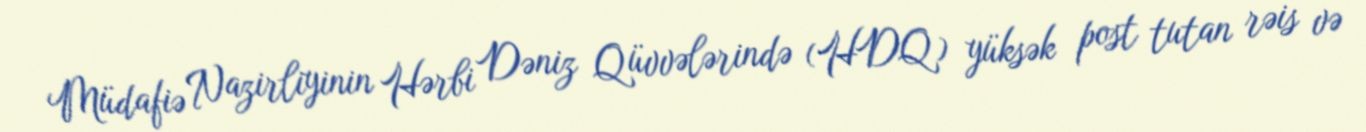
Müdafiə Nazirliyinin Hərbi Dəniz Qüvvələrində (HDQ) yüksək post tutan rəis və